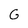
Character: G